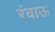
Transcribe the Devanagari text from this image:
रंबाऊ